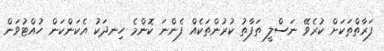
ފަރާތްތަކަށް ކުރެވޭ ނަސްލީ ތަފާތު ކުރުންތަކެއް ފެންނަ ކޮންމެ ހިނދަކު އެކަންކަން ހުއްޓުވަން